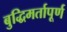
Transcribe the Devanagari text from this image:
बुद्धिमर्तापूर्ण